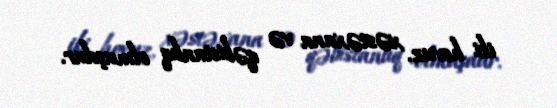
iki hovuz, xəstəxana və qəbistanlıq olmuşdur.